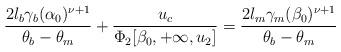
LaTeX: \begin{align*} \dfrac{2l_b\gamma_b(\alpha_0)^{\nu+1}}{\theta_b-\theta_m}+\dfrac{u_c }{\Phi_2[\beta_0,+\infty,u_2]}=\dfrac{2l_m\gamma_m(\beta_0)^{\nu+1}}{\theta_b-\theta_m}\end{align*}